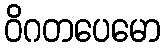
ဝိဂတပေမော